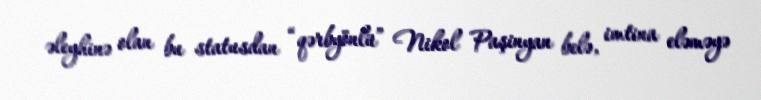
əleyhinə olan bu statusdan “qərbyönlü” Nikol Paşinyan belə, imtina eləməyə